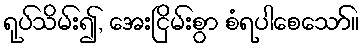
ရုပ်သိမ်း၍, အေးငြိမ်းစွာ စံရပါစေသော်။